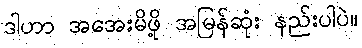
ဒါဟာ အအေးမိဖို့ အမြန်ဆုံး နည်းပါပဲ။